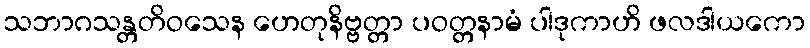
သဘာဂသန္တတိဝသေန ဟေတုနိဗ္ဗတ္တာ ပဝတ္တနာမံ ပါဒုကာဟိ ဖလဒါယကော